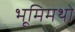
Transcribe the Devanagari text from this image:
भूमिमथो